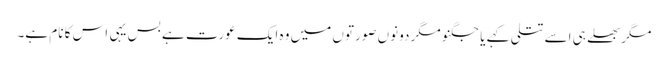
مگربھلے ہی اسے تتلی کہے یا جگنو مگر دونوں صورتوں میں وہ ایک عورت ہے بس یہی اس کا نام ہے۔